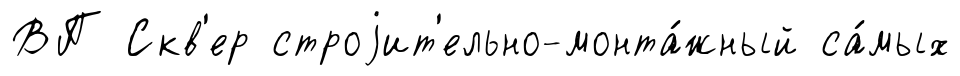
ВП Скв'ер строjит'ельно-монта́жный са́мых